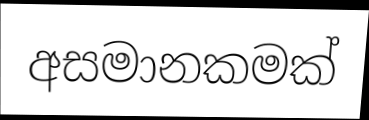
අසමානකමක්